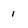
Character: i